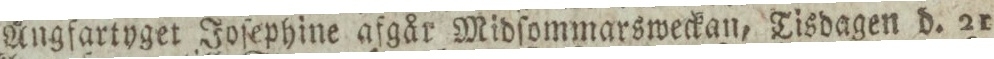
Ångfartyget Joſephine afgår Midſommarsweckan, Tisdagen d. 21